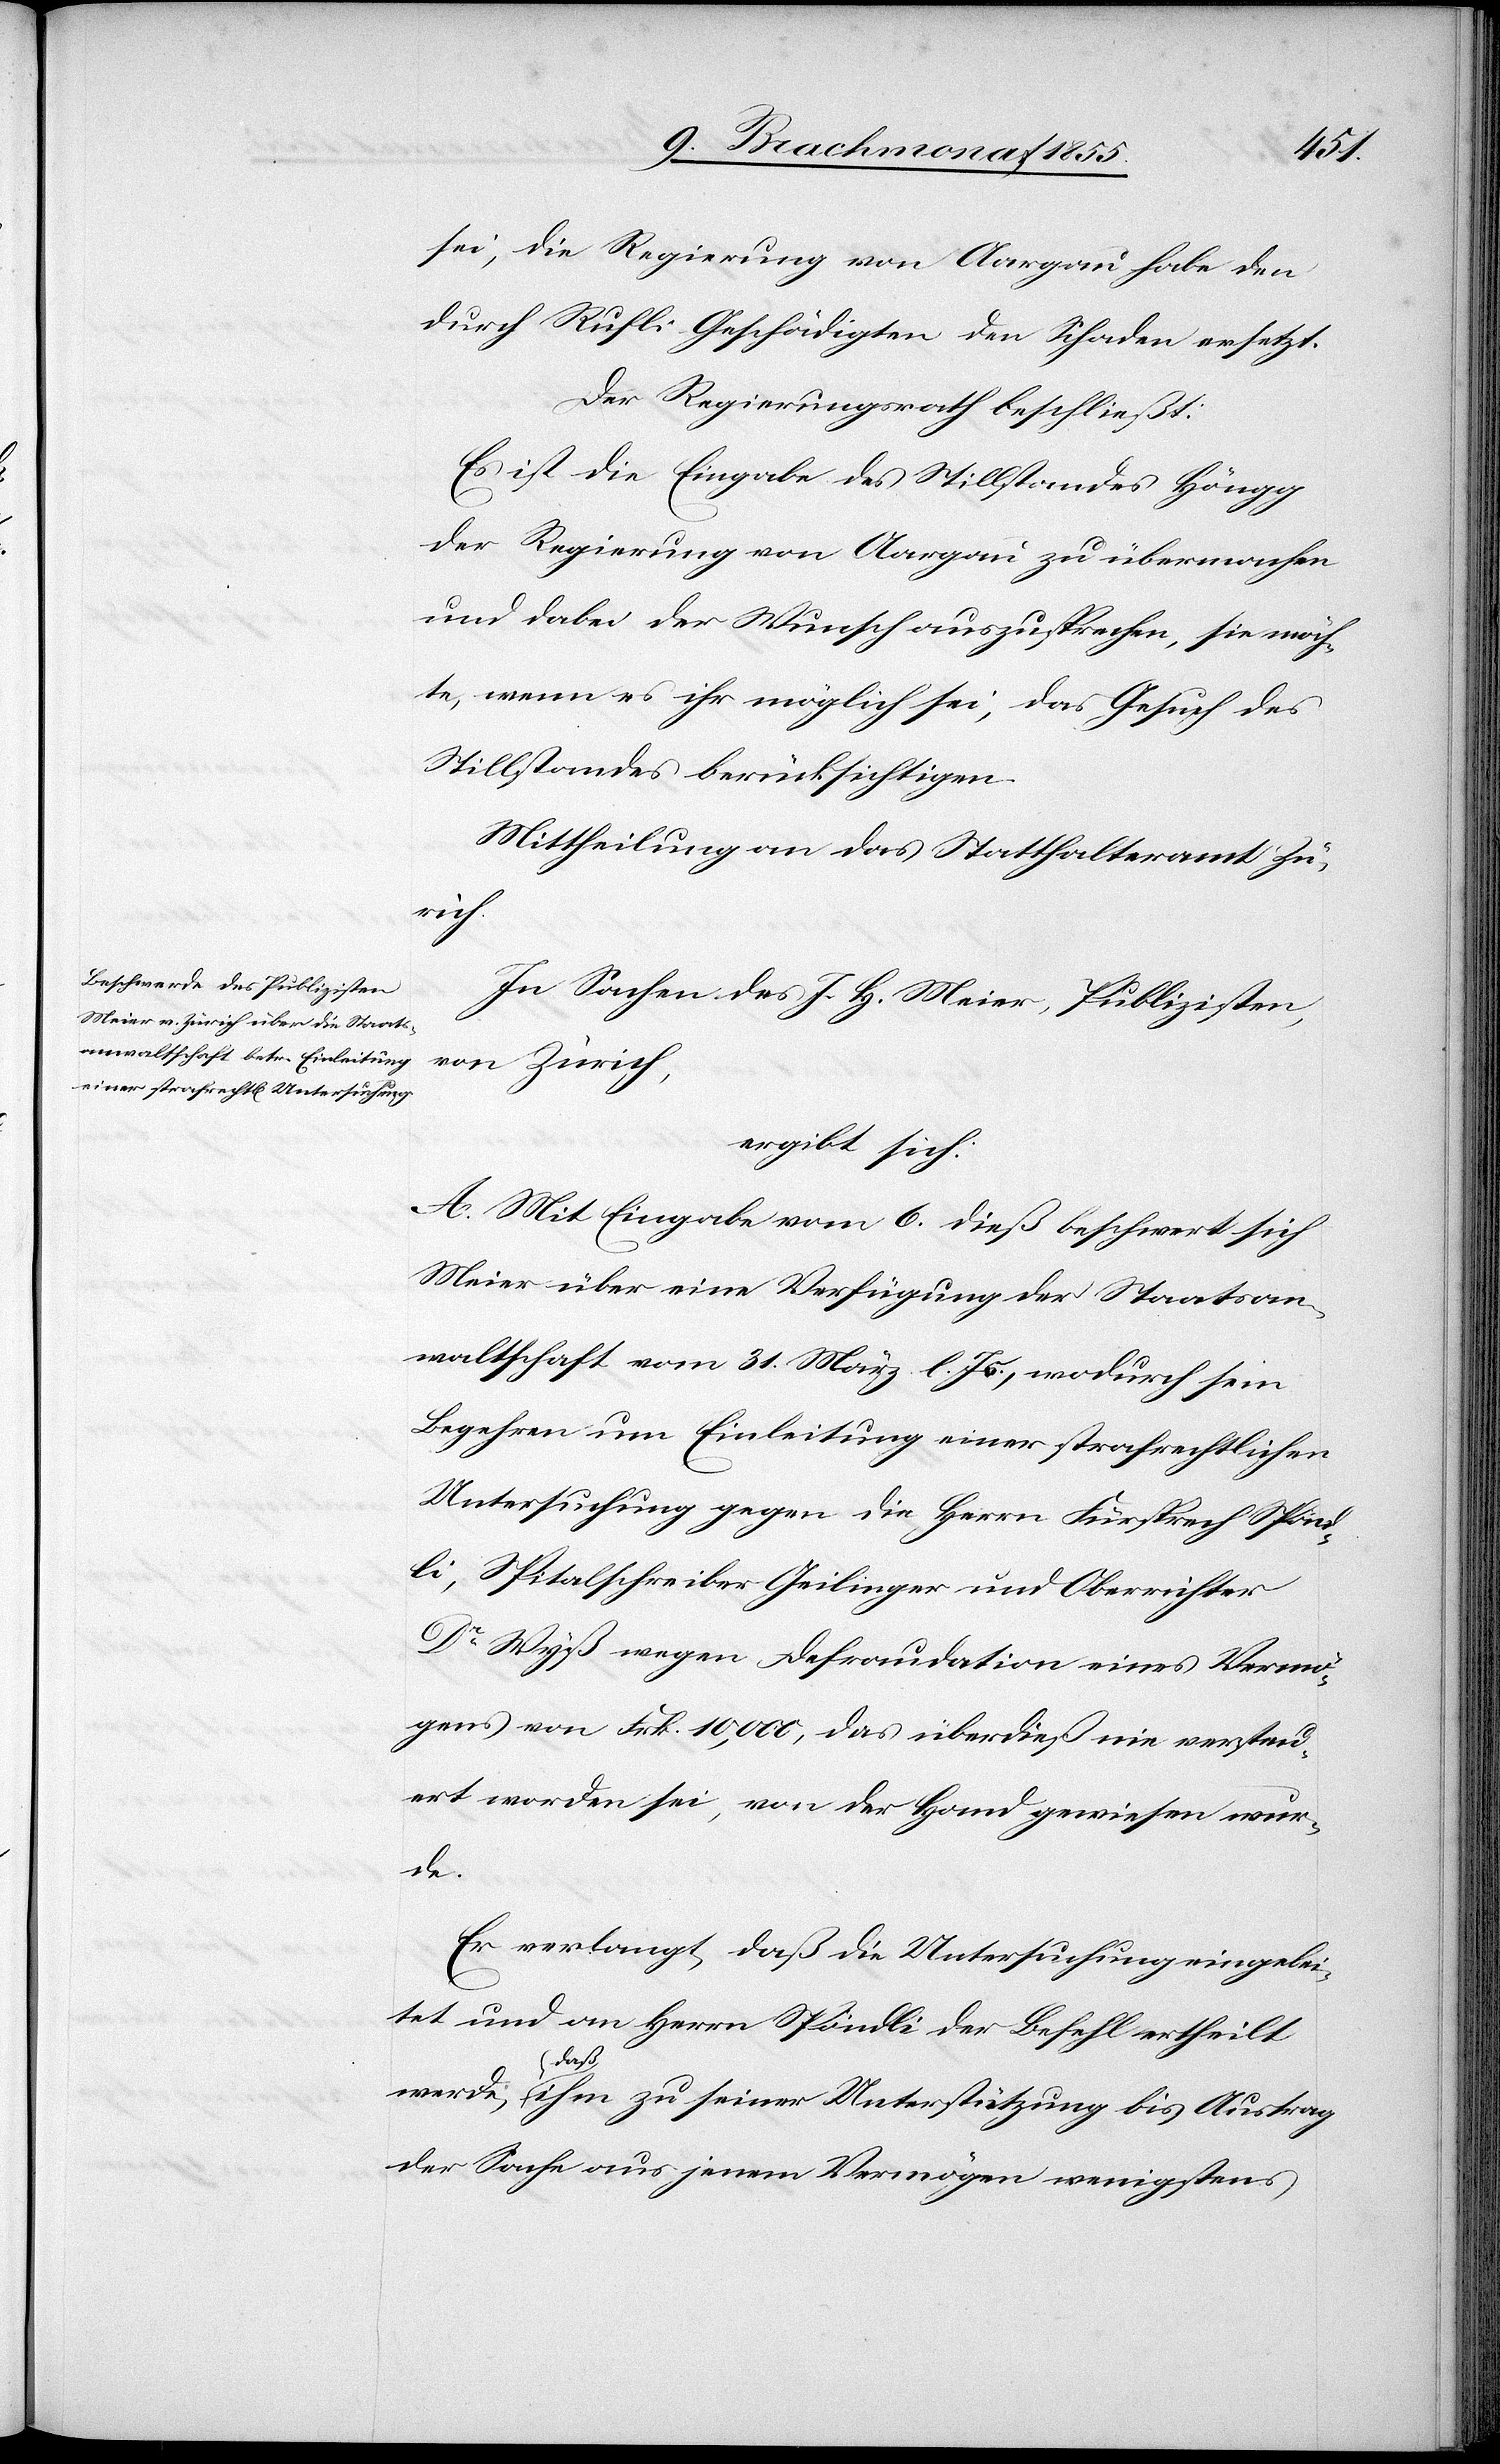
sei, die Regierung von Aargau habe den
durch Rufli Geschädigten den Schaden ersetzt.
Der Regierungsrath beschließt:
Es ist die Eingabe des Stillstandes Höngg
der Regierung von Aargau zu übermachen
und dabei der Wunsch auszusprechen, sie möch¬
te, wenn es ihr möglich sei, das Gesuch des
Stillstandes berücksichtigen.
Mittheilung an das Statthalteramt Zü¬
rich.
In Sachen des J. H. Meier, Publizisten,
von Zürich,
ergibt sich:
A. Mit Eingabe vom 6. dieß beschwert sich
Meier über eine Verfügung der Staatsan¬
waltschaft vom 31. März l. Js., wodurch sein
Begehren um Einleitung einer strafrechtlichen
Untersuchung gegen die Herrn Fürsprech Spönd¬
li, Spitalschreiber Geilinger und Oberrichter
Dr Wyß wegen Defraudation eines Vermö¬
gens von Frk. 10,000, das überdieß nie versteu¬
ert worden sei, von der Hand gewiesen wur¬
de.
Er verlangt, daß die Untersuchung eingelei¬
tet und an Herrn Spöndli der Befehl ertheilt
werde, daß ihm zu seiner Unterstützung bis Austrag
der Sache aus jenem Vermögen wenigstens